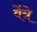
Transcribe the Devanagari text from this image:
वेंत्रे